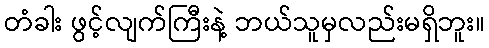
တံခါး ဖွင့်လျက်ကြီးနဲ့ ဘယ်သူမှလည်းမရှိဘူး။